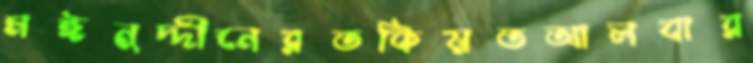
মঈনুদ্দীনেরতকিয়তআলবার